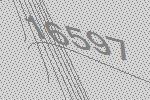
16597